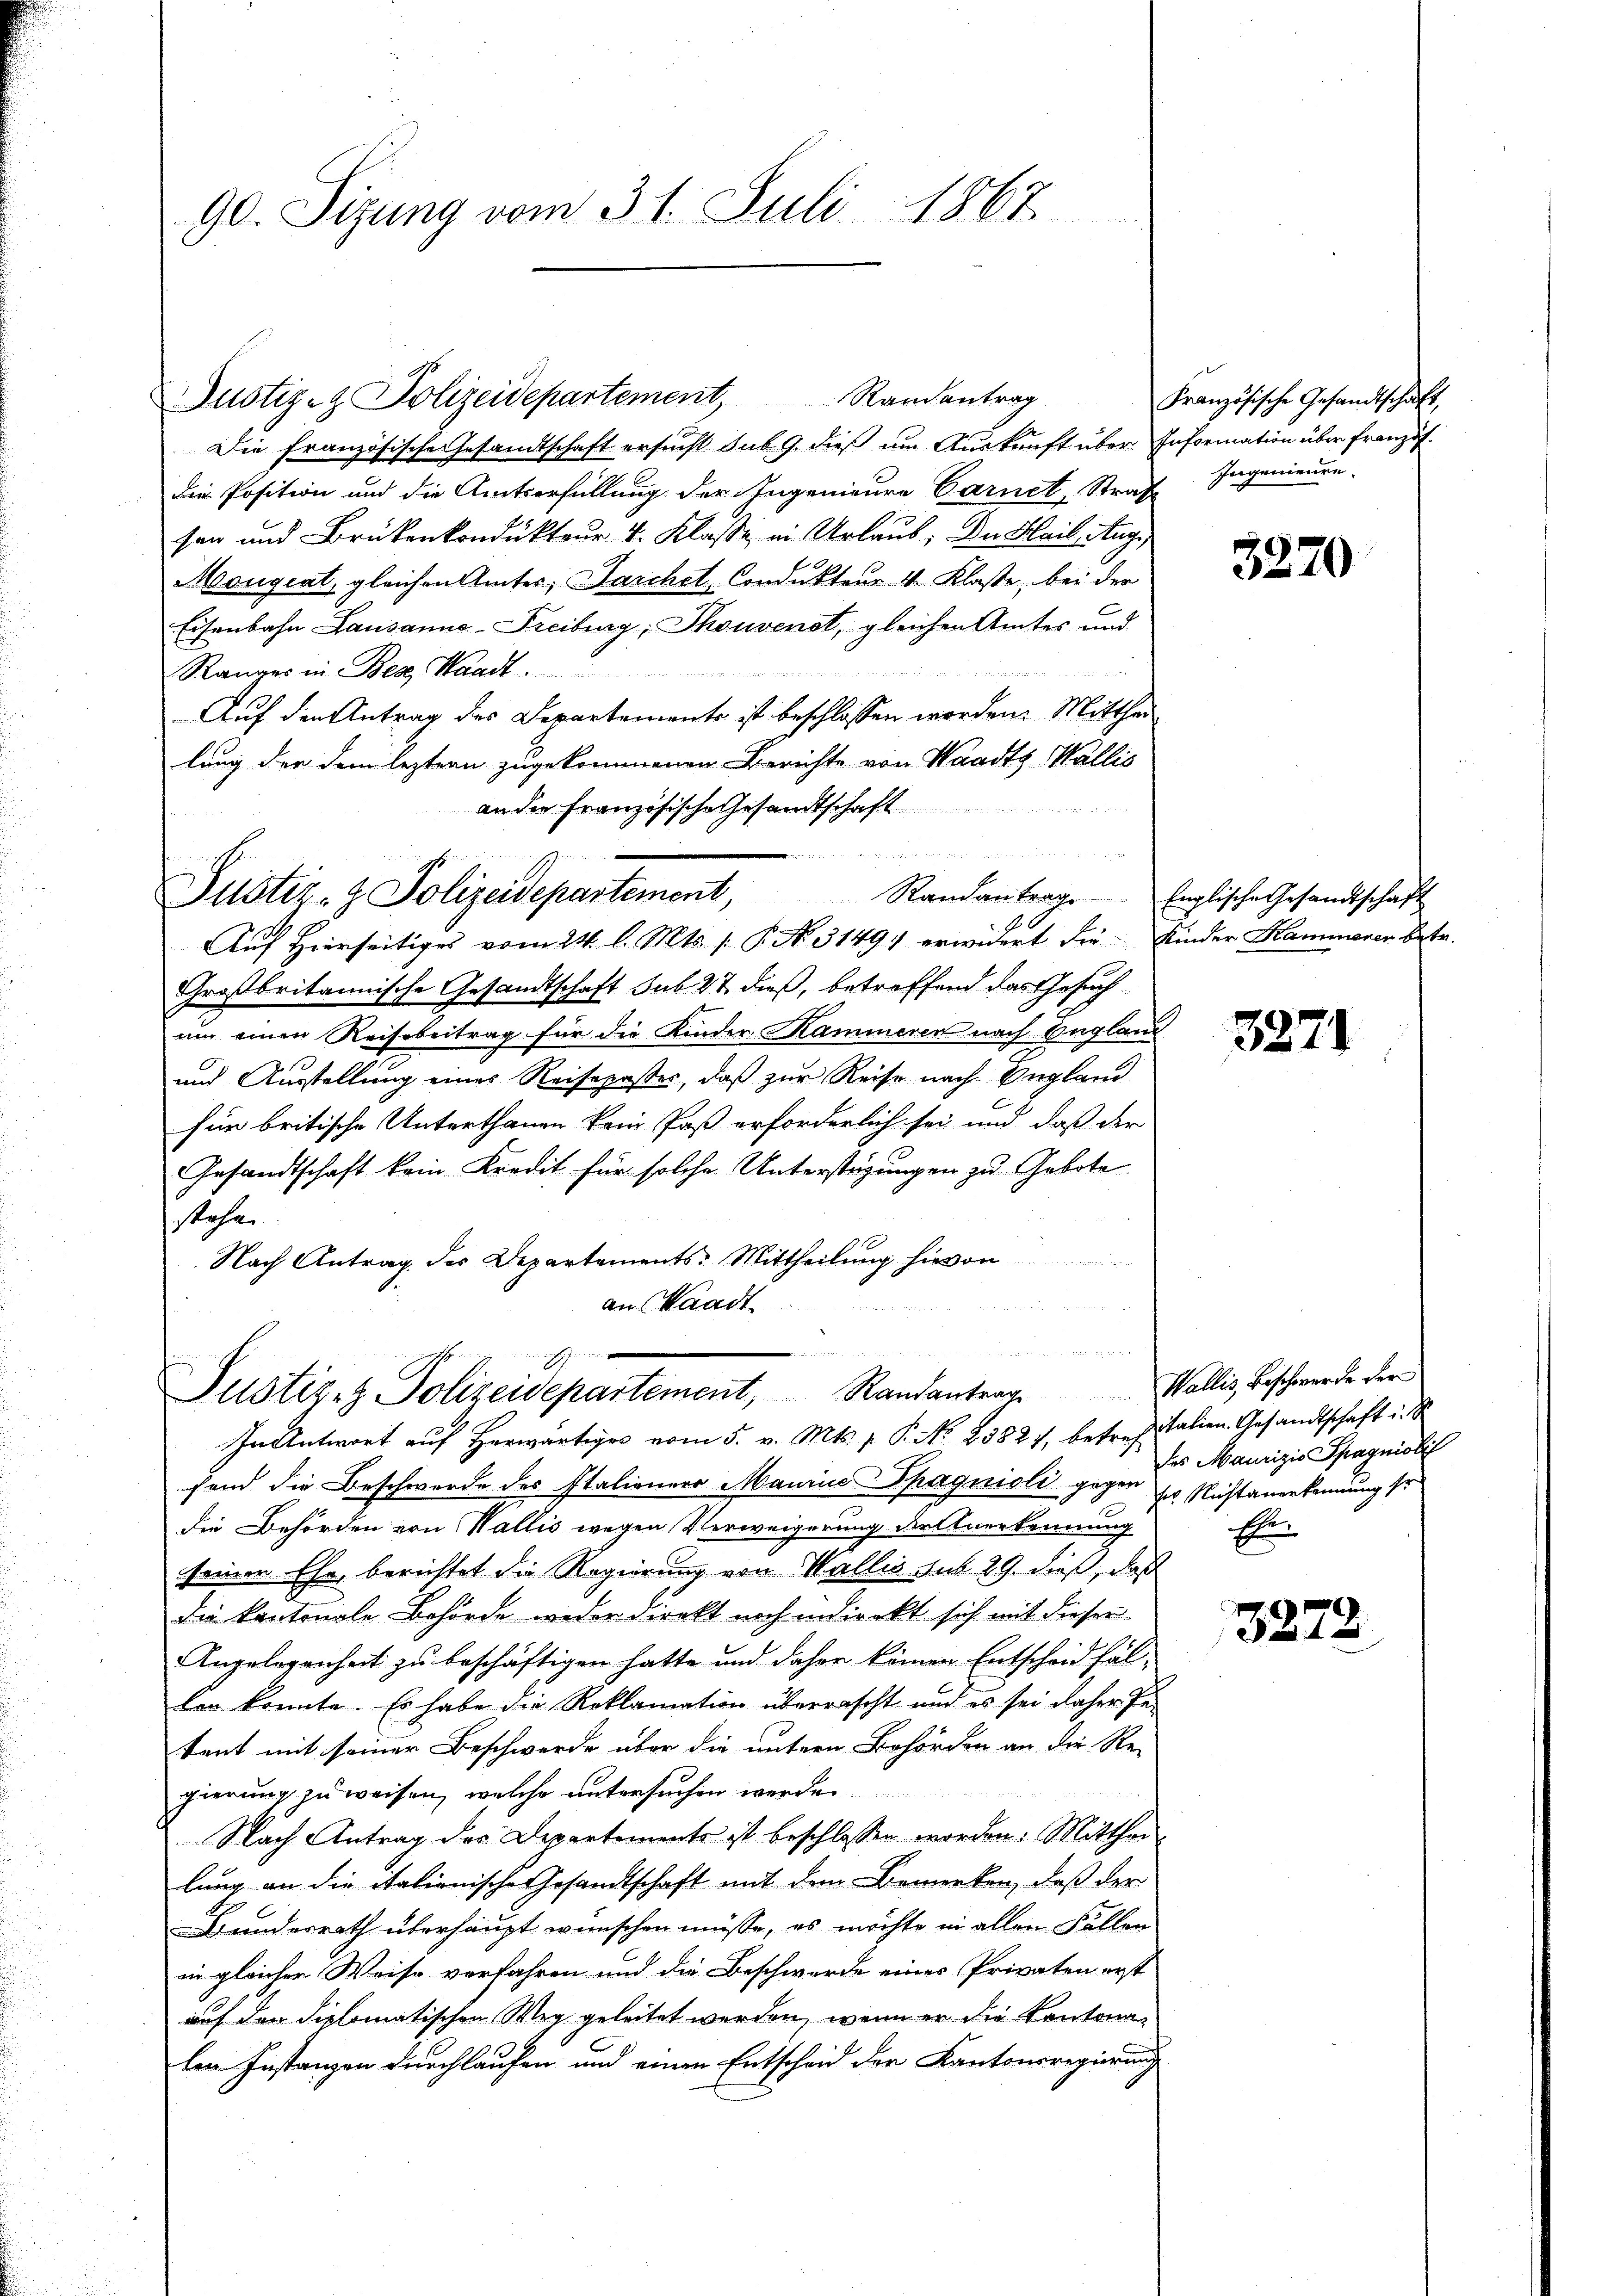
90. Sizung vom 31. Juli 1867

Justiz- & Polizeidepartement, Randantrag
Die französische Gesandtschaft ersucht sub. 9. dieß um Auskunft über Information über französ.
Die Position und die Amtserfüllung der Ingenieure Carnet, Straf
sen und Brükenkondukteur 4. Klasse in Urlaub, Du Meil, Aug.
Mougiat, gleichen Ämter; Jarchet Condukteur 4. Klasse, bei der
Eisenbahn Lausanne-Freiburg, Thouvenst, gleichen Amtes und
Ranges in Bez. Standt.
Auf den Antrag des Departements ist beschlossen worden. Mitthei
lung der dem leztern zugekommenen Berichte von Waadt, Wallis
an der französische Gesandtschaft

Justiz- & Polizeidepartement, Randantrage Englische Gesandtschaft
G

Auf Hierseitiges vom 24. l. Mts. 1. P. No. 31491 erwidert die Kinder Hammenen betr.
Großbritannische Gesandtschaft sub. 22 dieß, betreffend das Gesuch
um einen Reisebeitrag für die Kinder Kammeren nach England
und Ausstellung eines Reisepasser, daß zur Reise nach England
für britische Unterthanen kein Paß erforderlich sei und daß der
Gesandtschaft kein Kredit für solche Unterstüzungen zu Gebote
stehe.
Nach Antrag der Departements-Mittheilung hievon
an Waadt.
e

2
Justiz- & Polizeidepartement, Randantrage
In Antwort auf herwärtiges vom 5. v. Mts. p. P. No 2382, betref Italien Gesandtschaft u. S

Französische Gesandtschaft,
Ingenieure.

fend die Beschwerde des Italieners Manina Spagnioli gegen Maurizio Spagnioli
die Behörden von Wallis wegen Verweigerung der Anerkennung
seiner Ehe berichtet die Regierung von Wallis sub 29. dieß, daß
die kantonale Behörde weder direkt noch indirekt sich mit dieser
Angelegenheit zu beschäftigen hatte und daher können Entscheid fällen konnte. Es habe die Reklamation überrascht und es sei daher Pe
tent mit seiner Beschwerde über die untern Behörden an die Re-
gierung zu weisen, welche untersuchen werde.
Nach Antrag des Departements ist beschlossen worden: Mittheilung an die italienische Gesandtschaft mit dem Bemerken, daß der
Bundesrath überhaupt wünschen müsse, es möchte in allen Fällen
in gleicher Weise verfahren und die Beschwerde eines Privaten erst
auf den diplomatischen Weg geleitet werden, wenn er die Kantonalen Instanzen durchlaufen und einen Entscheid der Kantonsregierung

3270

3271

Wallis, Beschwerde der
ses Richtanerkennung so
Ehe

327.